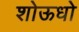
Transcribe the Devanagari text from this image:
शोऊधो